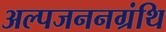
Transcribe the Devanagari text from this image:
अल्पजननग्रंथि